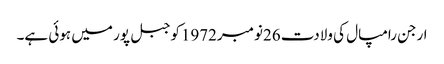
ارجن رامپال کی ولادت 26نومبر1972کوجبل پور میں ہوئی ہے۔